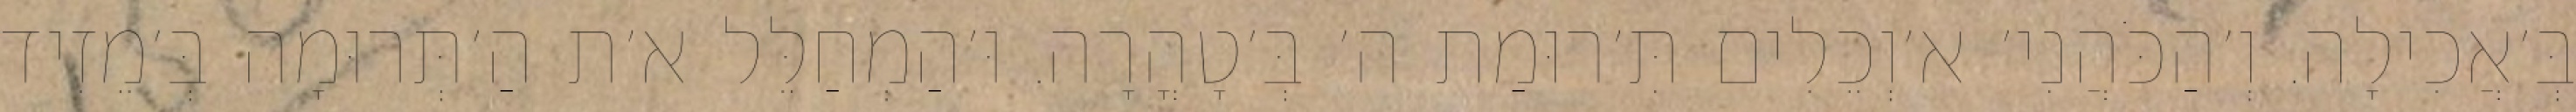
בְּ׳אֲכִילָה. וְ׳הַכֹּהֲנִי׳ א׳וְכֵלִים תִּ׳רוּמַת ה׳ בְּ׳טָהֳרָה. וּ׳הַמְחַלֵּל א׳ת הַ׳תְּרוּמָה בְּ׳מֵזִיד